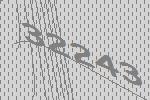
32243